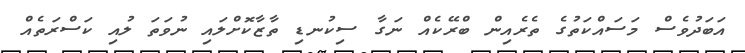
އަބަދުވެސް މަސައްކަތުގެ ތެރެއިން ބްރޭކެއް ނަގާ ސިކުނޑި ތާޒާކޮށްލައި ނުވަތަ ލުއި ކަސްރަތެއް